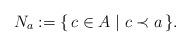
LaTeX: \begin{align*} N_a := \{\, c\in A \mid c \prec a \,\}.\end{align*}